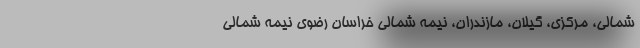
شمالی، مرکزی، گیلان، مازندران، نیمه شمالی خراسان رضوی نیمه شمالی